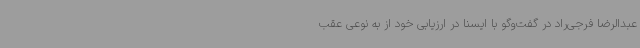
عبدالرضا فرجی‌راد در گفت‌وگو با ایسنا در ارزیابی خود از به نوعی عقب